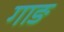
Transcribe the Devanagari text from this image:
गाङ